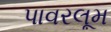
પાવરલૂમ